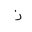
Letter: _zay